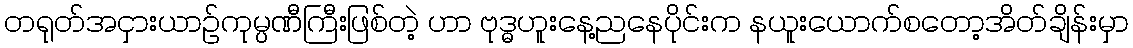
တရုတ်အငှားယာဉ်ကုမ္ပဏီကြီးဖြစ်တဲ့ ဟာ ဗုဒ္ဓဟူးနေ့ညနေပိုင်းက နယူးယောက်စတော့အိတ်ချိန်းမှာ